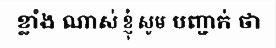
ខ្លាំង ណាស់ ខ្ញុំ សូម បញ្ជាក់ ថា